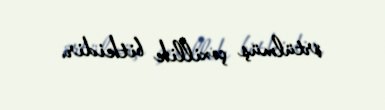
örtülmüş çoxillik bitkidir.